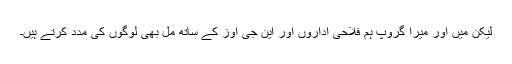
لیکن میں اور میرا گروپ ہم فلاحی اداروں اور این جی اوز کے ساتھ مل بھی لوگوں کی مدد کرتے ہیں۔